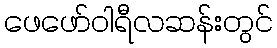
ဖေဖော်ဝါရီလဆန်းတွင်